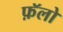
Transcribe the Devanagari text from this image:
फ़ॅलो